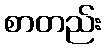
စာတည်း